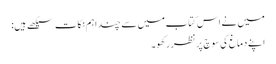
میں نے اس کتاب میں سے چند اہم نکات سیکھے ہیں:
اپنے دماغ کی سوچ پر نظر رکھو۔